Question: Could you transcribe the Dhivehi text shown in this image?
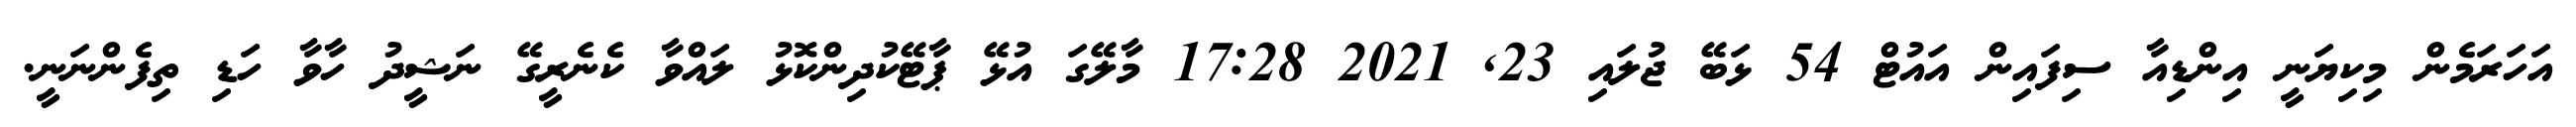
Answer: އަހަރަމެން މިކިޔަނީ އިންޑިއާ ސިފައިން އައުޓް 54 ޅަބޭ ޖުލައި 23, 2021 17:28 މާލޭގަ އުޅޭ ޕާޓޭކުދިންކޮޅު ލައްވާ ކެނެރީގޭ ނަޝީދު ހާވާ ހަޑި ތިފެންނަނީ.